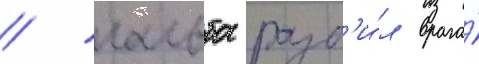
/ гальба разб'и́л врага́